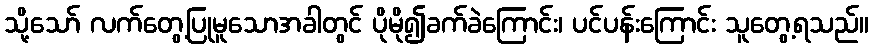
သို့သော် လက်တွေ့ပြုမူသောအခါတွင် ပိုမို၍ခက်ခဲကြောင်း၊ ပင်ပန်းကြောင်း သူတွေ့ရသည်။